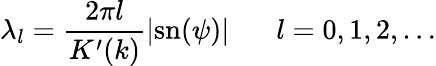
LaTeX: \lambda_{l}=\frac{2\pi l}{K^{\prime}(k)}|\mathrm{sn}(\psi)|\; \; \; \; \; \; l=0,1,2,\ldots